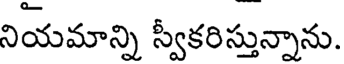
నియమాన్ని స్వీకరిస్తున్నాను.